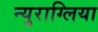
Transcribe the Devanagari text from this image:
न्युराग्लिया